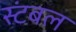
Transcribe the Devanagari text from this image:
स्टंबल